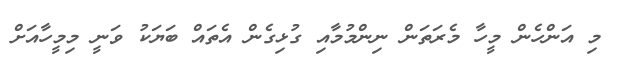
މި އަންހެން މީހާ މެރަތަން ނިންމުމާއި ގުޅިގެން އެތައް ބަޔަކު ވަނީ މިމީހާއަށް